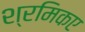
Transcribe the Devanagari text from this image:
श्रमिकए